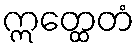
ဣတ္ထေတံ